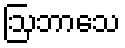
ဩဘာသေ